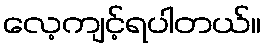
လေ့ကျင့်ရပါတယ်။